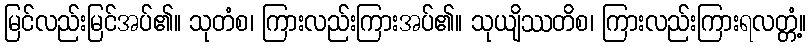
မြင်လည်းမြင်အပ်၏။ သုတံစ၊ ကြားလည်းကြားအပ်၏။ သုယျိဿတိစ၊ ကြားလည်းကြားရလတ္တံ့။